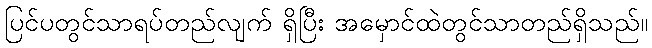
ပြင်ပတွင်သာရပ်တည်လျက် ရှိပြီး အမှောင်ထဲတွင်သာတည်ရှိသည်။